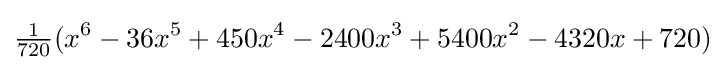
{\tfrac {1}{720}}(x^{6}-36x^{5}+450x^{4}-2400x^{3}+5400x^{2}-4320x+720)